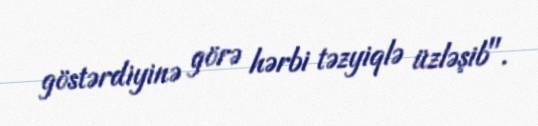
göstərdiyinə görə hərbi təzyiqlə üzləşib".